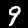
Digit: 9